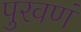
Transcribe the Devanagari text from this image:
पुरवणं